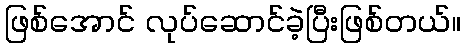
ဖြစ်အောင် လုပ်ဆောင်ခဲ့ပြီးဖြစ်တယ်။